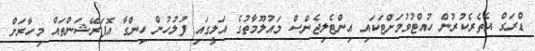
ޑްރަގް އެތެރެކުރުން ހުއްޓުވުމަށްޓަކައި އިންޓެލިޖެންސް މައުލޫމާތުގެ އަލީގައި ފުލުހުން ހިންގާ އޮޕަރޭޝަންތައް މިހާރަށް